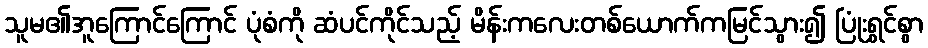
သူမ၏အူကြောင်ကြောင် ပုံစံကို ဆံပင်ကိုင်သည့် မိန်းကလေးတစ်ယောက်ကမြင်သွား၍ ပြုံးရွှင်စွာ